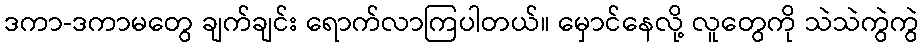
ဒကာ-ဒကာမတွေ ချက်ချင်း ရောက်လာကြပါတယ်။ မှောင်နေလို့ လူတွေကို သဲသဲကွဲကွဲ